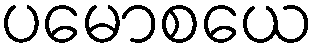
ပမောစယေ